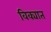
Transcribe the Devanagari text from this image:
विक्यात